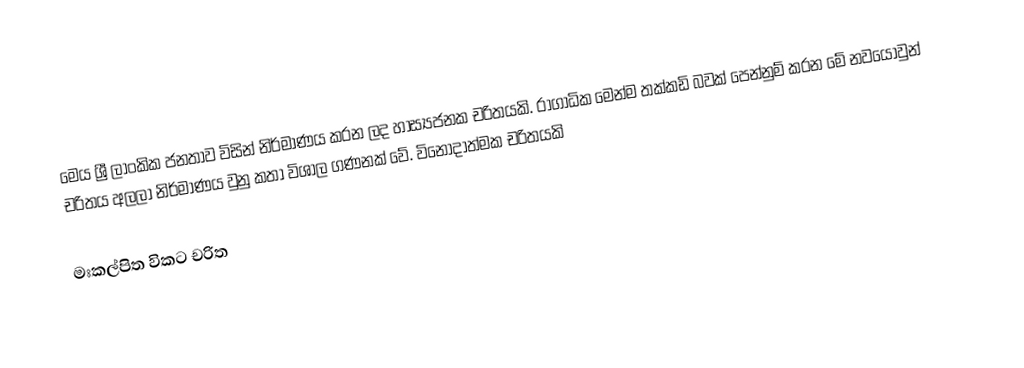
මෙය ශ්‍රී ලාංකික ජනතාව විසින් නිර්මාණය කරන ලද හාස්‍යජනක චරිතයකි. රාගාධික මෙන්ම තක්කඩි බවක් පෙන්නුම් කරන මේ නවයොවුන් චරිතය අලලා නිර්මාණය වුනු කතා විශාල ගණනක් වේ. විනෝදාත්මක චරිතයකි

මඃකල්පිත විකට චරිත